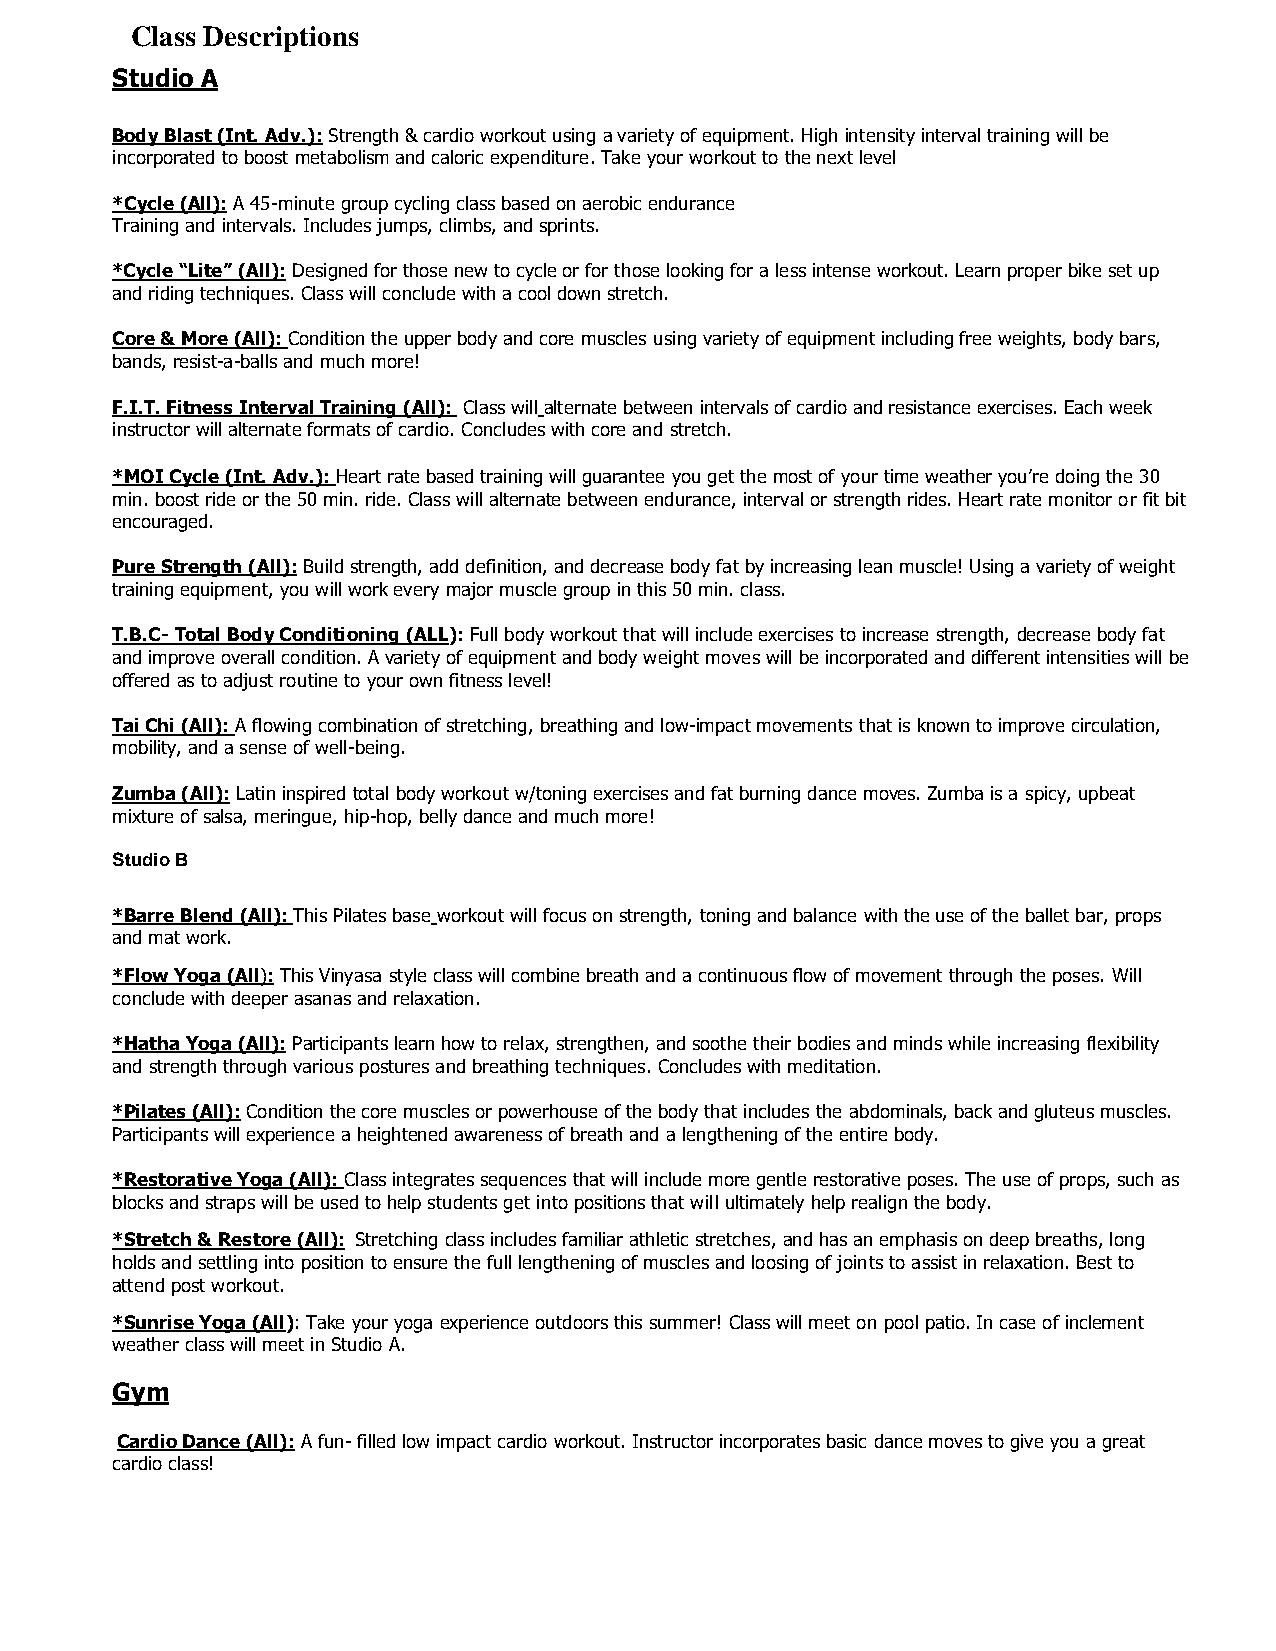
Class Descriptions
 Studio A
 Body Blast (Int. Adv.): Strength & cardio workout using a variety of equipment. High intensity interval training will be
 incorporated to boost metabolism and caloric expenditure. Take your workout to the next level
 *Cycle (All): A 45-minute group cycling class based on aerobic endurance
 Training and intervals. Includes jumps, climbs, and sprints.
 *Cycle “Lite” (All): Designed for those new to cycle or for those looking for a less intense workout. Learn proper bike set up
 and riding techniques. Class will conclude with a cool down stretch.
 Core & More (All): Condition the upper body and core muscles using variety of equipment including free weights, body bars,
 bands, resist-a-balls and much more!
 F.I.T. Fitness Interval Training (All): Class will alternate between intervals of cardio and resistance exercises. Each week
 instructor will alternate formats of cardio. Concludes with core and stretch.
 *MOI Cycle (Int. Adv.): Heart rate based training will guarantee you get the most of your time weather you’re doing the 30
 min. boost ride or the 50 min. ride. Class will alternate between endurance, interval or strength rides. Heart rate monitor or fit bit
 encouraged.
 Pure Strength (All): Build strength, add definition, and decrease body fat by increasing lean muscle! Using a variety of weight
 training equipment, you will work every major muscle group in this 50 min. class.
 T.B.C- Total Body Conditioning (ALL): Full body workout that will include exercises to increase strength, decrease body fat
 and improve overall condition. A variety of equipment and body weight moves will be incorporated and different intensities will be
 offered as to adjust routine to your own fitness level!
 Tai Chi (All): A flowing combination of stretching, breathing and low-impact movements that is known to improve circulation,
 mobility, and a sense of well-being.
 Zumba (All): Latin inspired total body workout w/toning exercises and fat burning dance moves. Zumba is a spicy, upbeat
 mixture of salsa, meringue, hip-hop, belly dance and much more!
 Studio B
 *Barre Blend (All): This Pilates base workout will focus on strength, toning and balance with the use of the ballet bar, props
 and mat work.
 *Flow Yoga (All): This Vinyasa style class will combine breath and a continuous flow of movement through the poses. Will
 conclude with deeper asanas and relaxation.
 *Hatha Yoga (All): Participants learn how to relax, strengthen, and soothe their bodies and minds while increasing flexibility
 and strength through various postures and breathing techniques. Concludes with meditation.
 *Pilates (All): Condition the core muscles or powerhouse of the body that includes the abdominals, back and gluteus muscles.
 Participants will experience a heightened awareness of breath and a lengthening of the entire body.
 *Restorative Yoga (All): Class integrates sequences that will include more gentle restorative poses. The use of props, such as
 blocks and straps will be used to help students get into positions that will ultimately help realign the body.
 *Stretch & Restore (All): Stretching class includes familiar athletic stretches, and has an emphasis on deep breaths, long
 holds and settling into position to ensure the full lengthening of muscles and loosing of joints to assist in relaxation. Best to
 attend post workout.
 *Sunrise Yoga (All): Take your yoga experience outdoors this summer! Class will meet on pool patio. In case of inclement
 weather class will meet in Studio A.
 Gym
 Cardio Dance (All): A fun- filled low impact cardio workout. Instructor incorporates basic dance moves to give you a great
 cardio class!